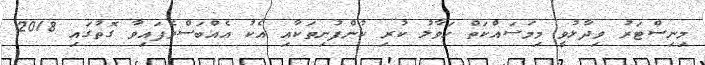
މިނިސްޓަރު ވިދާޅުވީ މިމަސައްކަތް ހަވާލު ކުރި ކުންފުނިތަކާއި އެކު އެއްބަސްވެފައިވާ ގޮތުގައި 2018